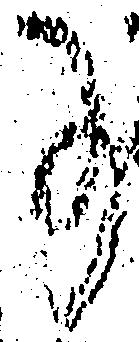
事